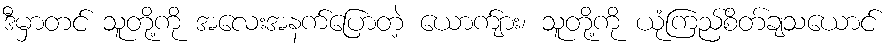
ဒီမှာတင် သူတို့ကို အလေးအနက်ပြောတဲ့ ယောက်ျား၊ သူတို့ကို ယုံကြည်စိတ်ချသယောင်